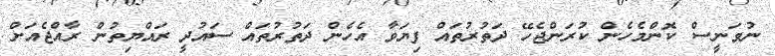
ނުވަނީސް ކޮންމެހެން ކުރަންޖެހޭ ދަތުރުތައް ފިޔަވާ އެހެން ދަތުރުތައް ސައުދީ ރައްޔިތުން ރާއްޖެއަށް